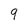
Character: 9